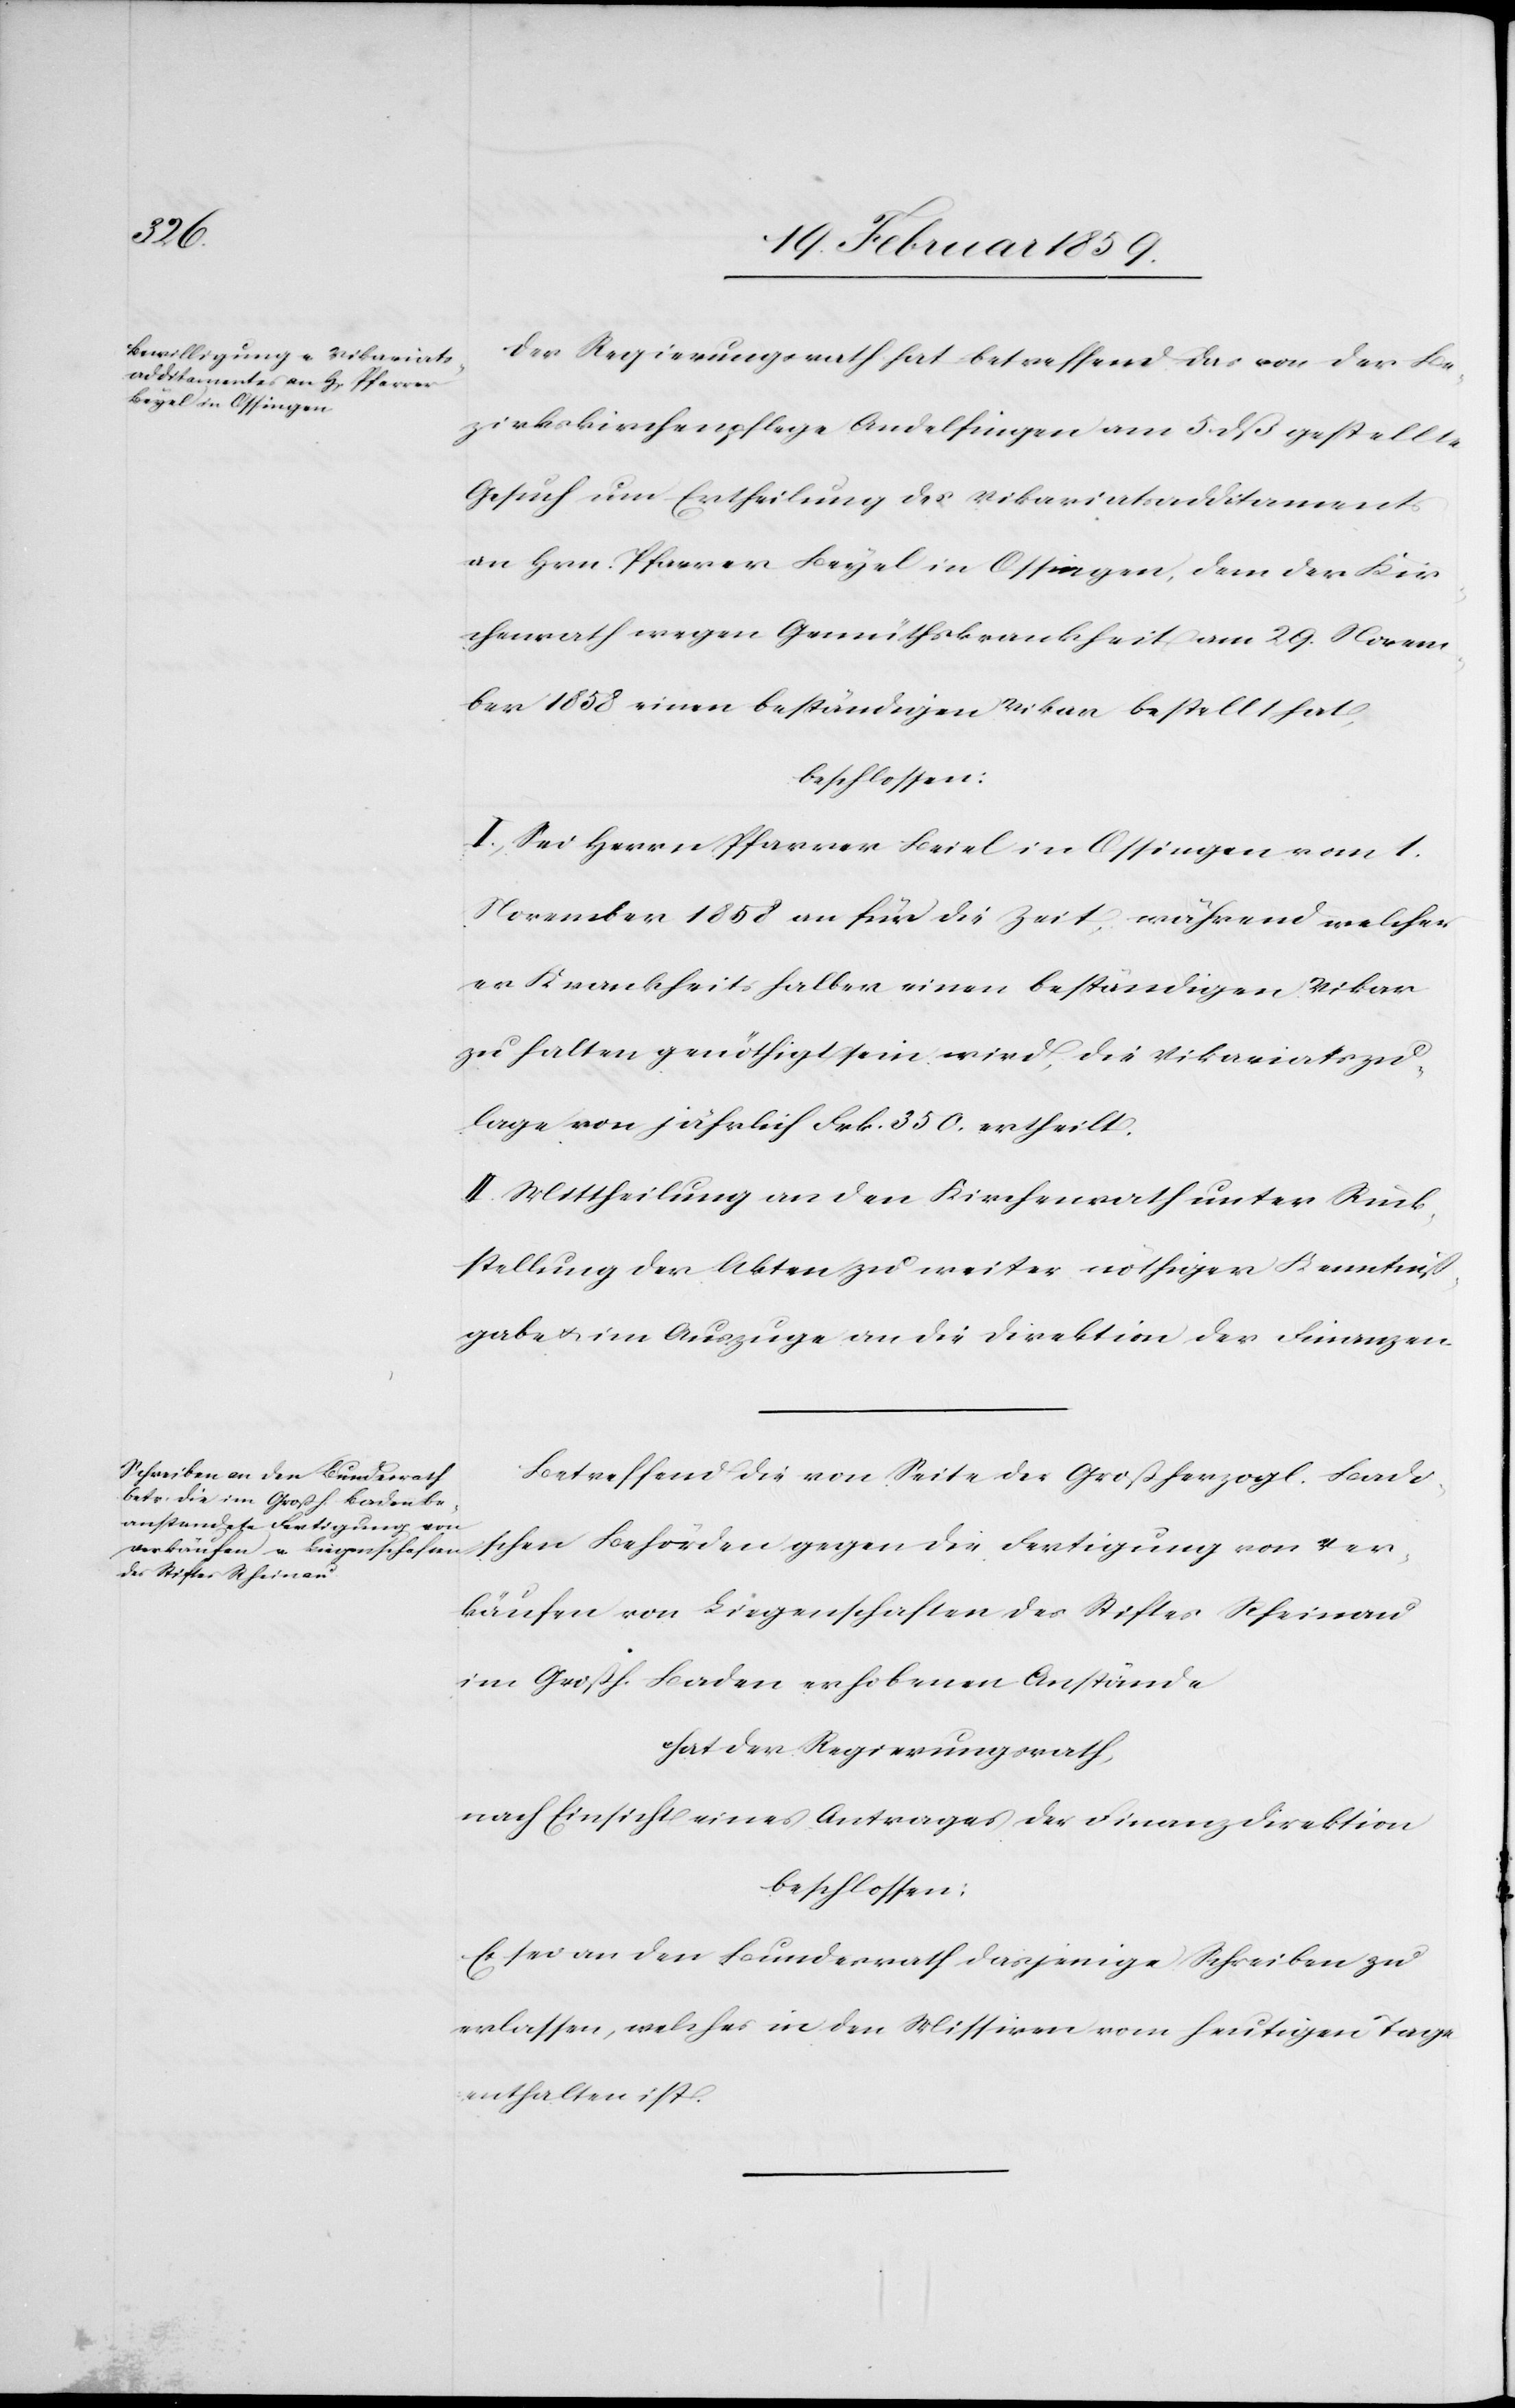
Der Regierungsrath hat betreffend des von der Be¬
zirkskirchenpflege Andelfingen am 5. dß gestellte
Gesuch um Ertheilung des Vikariatsadditaments
an Hrn. Pfarrer Beyel in Ossingen, dem der Kir¬
chenrath wegen Gemüthskrankheit am 29. Novem¬
ber 1858 einen beständigen Vikar bestellt hat,
beschlossen:
I. Sei Herrn Pfarrer Beiel [sic!] in Ossingen vom 1.
November 1858 an für die Zeit während welcher
er Krankheitshalber einen beständigen Vikar
zu halten genöthigt sein wird, die Vikariatszu¬
lage von jährlich Frk. 360. ertheilt.
II. Mittheilung an den Kirchenrath unter Rück¬
stellung der Akten zu weiter nöthiger Kenntniß¬
gabe u. im Auszuge an die Direktion der Finanzen.
Betreffend die von Seite der Großherzogl. Badi¬
schen Behörden gegen die Fertigung von Ver¬
käufen von Liegenschaften des Stiftes Rheinau
im Großh. Baden erhobenen Anstände
hat der Regierungsrath,
nach Einsicht eines Antrages der Finanzdirektion
beschlossen:
Es sei an den Bundesrath dasjenige Schreiben zu
erlassen, welches in den Missiven vom heutigen Tage
enthalten ist.